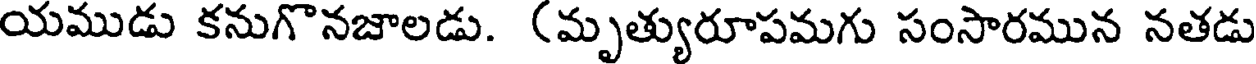
యముడు కనుగొనజాలడు. (మృత్యురూపమగు సంసారమున నతడు